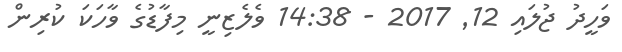
ވަހީދު ޖުލައި 12